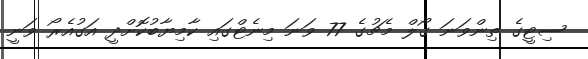
ސިޓީގެ ތިންވަނަ ގޯލް މެޗުގެ 77 ވަނަ މިނެޓްގައި ކާމިޔާބުކޮށްދީ އަގުއެރޯ ވަނީ